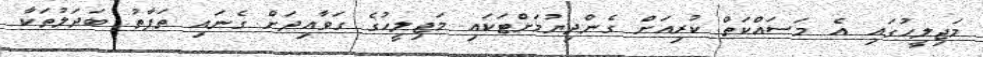
މަޖިލީހުގައި އެ މަސައްކަތް ކުރިއަށް ގެންދިޔުމަށްޓަކައި މަޖިލީހުގެ ގަވާއިދަށް ގެނައި ތަފާތު ބަދަލުތަކާ